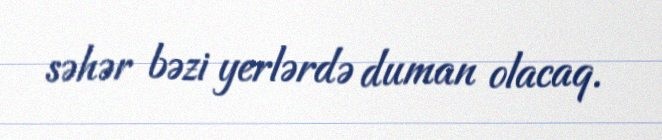
səhər bəzi yerlərdə duman olacaq.